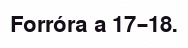
Forróra a 17–18.